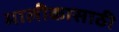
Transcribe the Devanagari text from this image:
मालीकासाठी